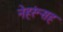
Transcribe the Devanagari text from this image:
नेहरूंसह